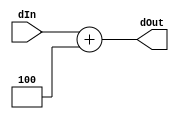
module pc_4(dIn, dOut);

	input [31:0] dIn;
	output [31:0] dOut;
	reg [31:0] dOut;
	
	always @(dIn) begin
		dOut <= dIn + 4;
	end
	
endmodule